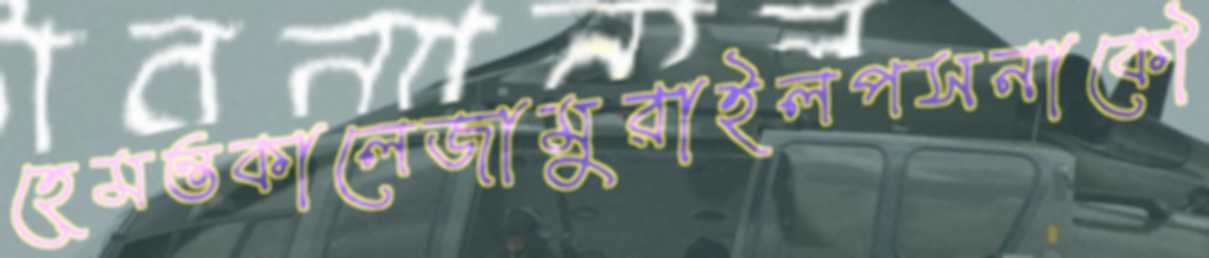
হেমন্তকালেজামুরাইলপসনাকৌ